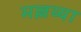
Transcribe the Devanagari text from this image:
मल्लय्या